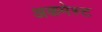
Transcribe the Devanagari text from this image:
अकमेस्ट